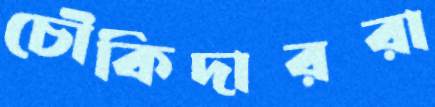
চৌকিদাররা